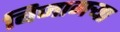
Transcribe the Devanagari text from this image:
बिजागऱ्या